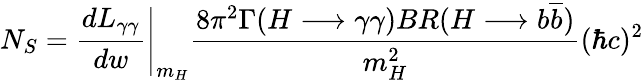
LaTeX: N_{S}=\left.\frac{dL_{\gamma\gamma}}{dw}\right|_{m_{H}}\frac{8\pi^{2}\Gamma(H\longrightarrow\gamma\gamma)BR(H\longrightarrow b\overline{{{b}}})}{m_{H}^{2}}(\hbar c)^{2}